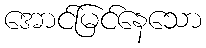
အောင်မြင်နေသော